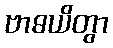
ဗာဓယိတွာ